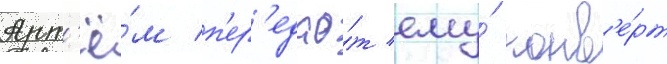
Арт'ё́м п'ер'едао́т ему́ конв'е́рт